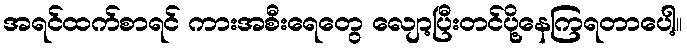
အရင်ထက်စာရင် ကားအစီးရေတွေ လျော့ပြီးတင်ပို့နေကြရတာပေါ့။